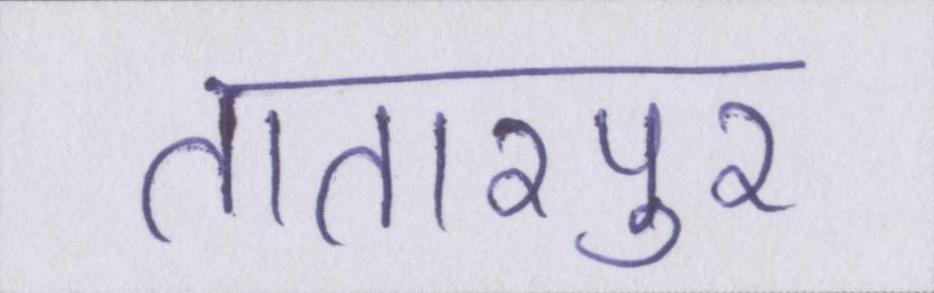
तातारपुर